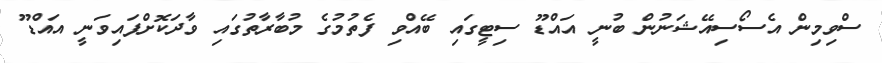
ސްވިމިން އެސޯސިއޭޝަނުން ބުނީ އައްޑޫ ސިޓީގައި ބޭއްވި ފެތުމުގެ މުބާރާތުގައި ވާދަކޮށްފައިވަނީ އައްޑޫ